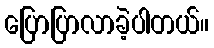
ပြောပြာလာခဲ့ပါတယ်။